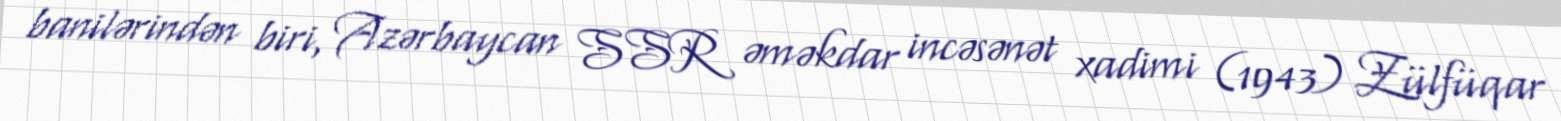
banilərindən biri, Azərbaycan SSR əməkdar incəsənət xadimi (1943) Zülfüqar